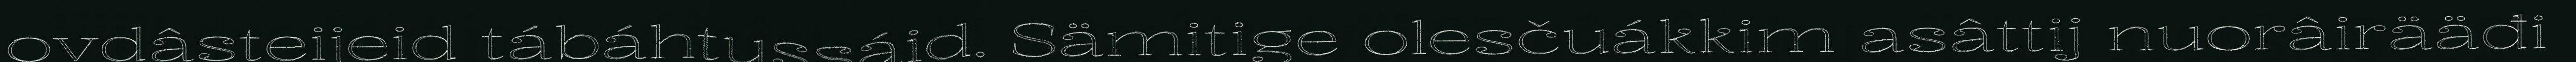
ovdâsteijeid tábáhtussáid. Sämitige olesčuákkim asâttij nuorâirääđi